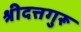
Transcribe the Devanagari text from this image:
श्रीदत्तगुरू